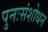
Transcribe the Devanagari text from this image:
पुनःसंशोधन